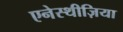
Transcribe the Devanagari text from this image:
एनेस्थीज़िया